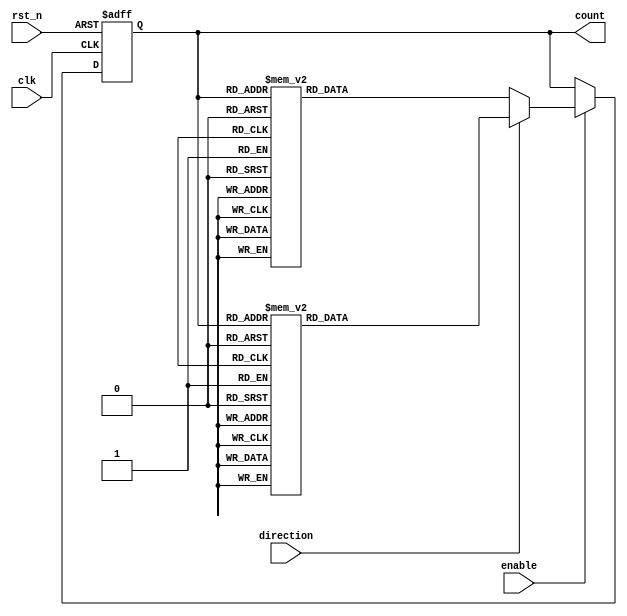
module gray_counter (
    input wire clk,
    input wire rst_n,
    input wire enable,
    input wire direction, // 0 for decrement, 1 for increment
    output reg [3:0] count
);

reg [3:0] next_count;

always @ (posedge clk or negedge rst_n) begin
    if (~rst_n) begin
        count <= 4'b0000; // Initialize count to 0
    end else begin
        if (enable) begin
            if (direction) begin // Increment count
                case(count)
                    4'b0000: next_count = 4'b0001;
                    4'b0001: next_count = 4'b0011;
                    4'b0011: next_count = 4'b0010;
                    4'b0010: next_count = 4'b0110;
                    4'b0110: next_count = 4'b0111;
                    4'b0111: next_count = 4'b0101;
                    4'b0101: next_count = 4'b0100;
                    4'b0100: next_count = 4'b1100;
                    4'b1100: next_count = 4'b1101;
                    4'b1101: next_count = 4'b1111;
                    4'b1111: next_count = 4'b1110;
                    4'b1110: next_count = 4'b1010;
                    4'b1010: next_count = 4'b1011;
                    4'b1011: next_count = 4'b1001;
                    4'b1001: next_count = 4'b1000;
                    4'b1000: next_count = 4'b0000;
                    default: next_count = 4'b0000; // Default state
                endcase
            end else begin // Decrement count
                case(count)
                    4'b0000: next_count = 4'b1000;
                    4'b1000: next_count = 4'b1001;
                    4'b1001: next_count = 4'b1011;
                    4'b1011: next_count = 4'b1010;
                    4'b1010: next_count = 4'b1110;
                    4'b1110: next_count = 4'b1111;
                    4'b1111: next_count = 4'b1101;
                    4'b1101: next_count = 4'b1100;
                    4'b1100: next_count = 4'b0100;
                    4'b0100: next_count = 4'b0101;
                    4'b0101: next_count = 4'b0111;
                    4'b0111: next_count = 4'b0110;
                    4'b0110: next_count = 4'b0010;
                    4'b0010: next_count = 4'b0011;
                    4'b0011: next_count = 4'b0001;
                    4'b0001: next_count = 4'b0000;
                    default: next_count = 4'b0000; // Default state
                endcase
            end
            count <= next_count;
        end
    end
end
endmodule